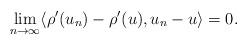
LaTeX: \begin{align*} \displaystyle \lim_{n\rightarrow \infty} \langle\rho'(u_n)-\rho'(u),u_n-u\rangle=0. \end{align*}